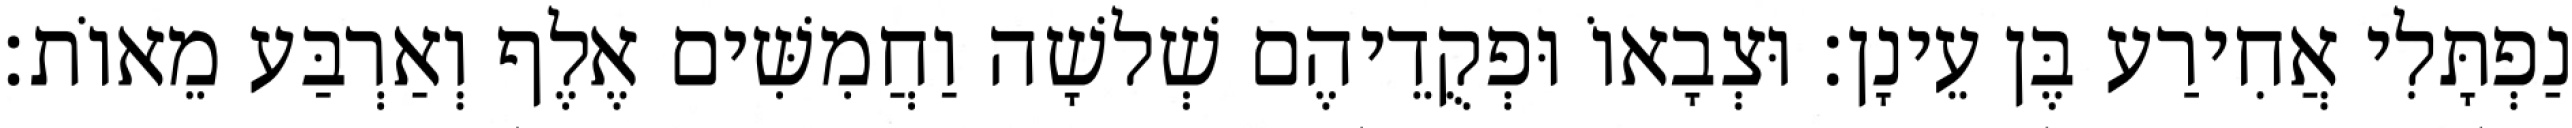
נַפְתָּלִי אֲחִירַע בֶּן עֵינָן׃ וּצְבָאוֹ וּפְקֻדֵיהֶם שְׁלשָׁה וַחֲמִשִּׁים אֶלֶף וְאַרְבַּע מֵאוֹת׃